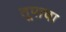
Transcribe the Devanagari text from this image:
तूपाचा